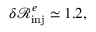
\delta \mathcal { R } _ { \mathrm { i n j } } ^ { e } \simeq 1 . 2 ,